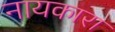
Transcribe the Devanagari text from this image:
नायकारा